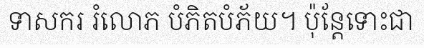
ទាសករ រំលោភ បំភិតបំភ័យ។ ប៉ុន្តែទោះជា